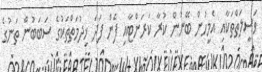
ވަސީލަތްތަކާއި އެމީހުން ބޭނުން ކުރާ ކަރަންޓާއި ފެން ފަދަ ޚިދުމަތްތަކުގެ ސަބަބުން ތަނުގެ